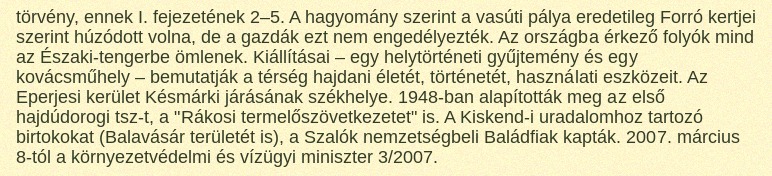
törvény, ennek I. fejezetének 2–5. A hagyomány szerint a vasúti pálya eredetileg Forró kertjei szerint húzódott volna, de a gazdák ezt nem engedélyezték. Az országba érkező folyók mind az Északi-tengerbe ömlenek. Kiállításai – egy helytörténeti gyűjtemény és egy kovácsműhely – bemutatják a térség hajdani életét, történetét, használati eszközeit. Az Eperjesi kerület Késmárki járásának székhelye. 1948-ban alapították meg az első hajdúdorogi tsz-t, a "Rákosi termelőszövetkezetet" is. A Kiskend-i uradalomhoz tartozó birtokokat (Balavásár területét is), a Szalók nemzetségbeli Baládfiak kapták. 2007. március 8-tól a környezetvédelmi és vízügyi miniszter 3/2007.